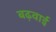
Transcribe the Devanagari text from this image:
बढ़वाई